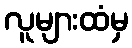
လူများထံမှ